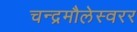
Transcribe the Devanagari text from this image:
चन्द्रमौलेस्वरर